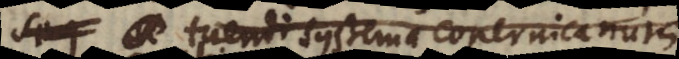
seq (c) tuendi systema Copernicanum